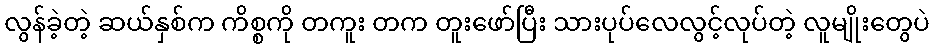
လွန်ခဲ့တဲ့ ဆယ်နှစ်က ကိစ္စကို တကူး တက တူးဖော်ပြီး သားပုပ်လေလွင့်လုပ်တဲ့ လူမျိုးတွေပဲ